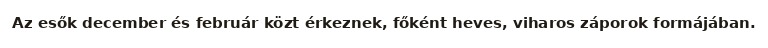
Az esők december és február közt érkeznek, főként heves, viharos záporok formájában.